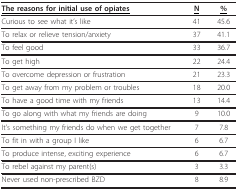
| <underline>The reasons for initial use of opiates</underline> | <underline>N</underline> | <underline>%</underline> |
 | --- | --- | --- |
 | Curious to see what it's like | 41 | 45.6 |
 | To relax or relieve tension/anxiety | 37 | 41.1 |
 | To feel good | 33 | 36.7 |
 | To get high | 22 | 24.4 |
 | To overcome depression or frustration | 21 | 23.3 |
 | To get away from my problem or troubles | 18 | 20.0 |
 | To have a good time with my friends | 13 | 14.4 |
 | To go along with what my friends are doing | 9 | 10.0 |
 | It's something my friends do when we get together | 7 | 7.8 |
 | To fit in with a group I like | 6 | 6.7 |
 | To produce intense, exciting experience | 6 | 6.7 |
 | To rebel against my parent(s) | 3 | 3.3 |
 | Never used non-prescribed BZD | 8 | 8.9 |